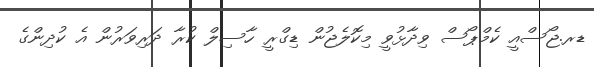
ޑރ.ޖޯސްއީ ކެމްޕޯސް ވިދާޅުވީ މިކޮލެޖުން ޑިގްރީ ހާސިލް ކުރާ ދަރިވަރުން އެ ކުދިންގެ